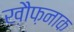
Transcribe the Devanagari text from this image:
ख़ौफ़नाक